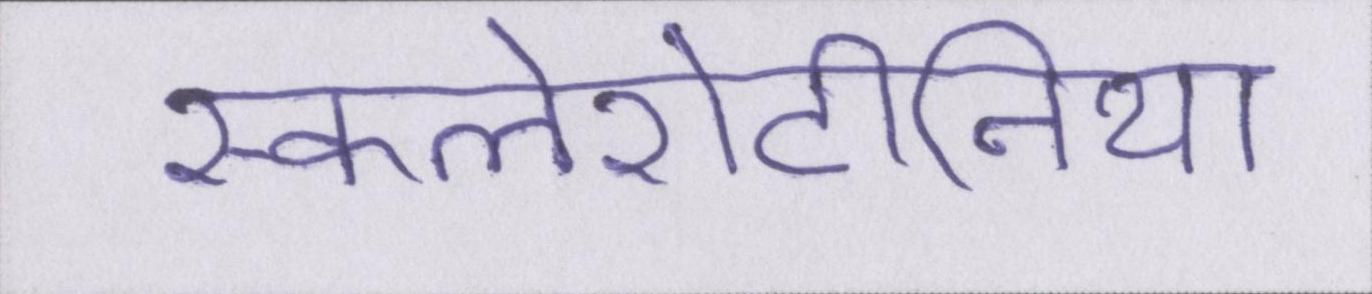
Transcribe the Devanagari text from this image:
स्कलेरोटीनिया